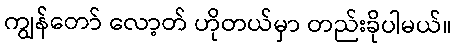
ကျွန်တော် လော့တ် ဟိုတယ်မှာ တည်းခိုပါမယ်။